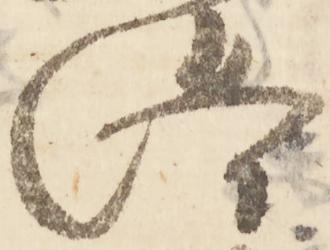
洛